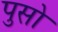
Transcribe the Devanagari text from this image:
पुसो